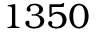
1 3 5 0